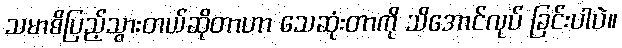
သမာဓိပြည့်သွားတယ်ဆိုတာဟာ သေဆုံးတာကို သိအောင်လုပ် ခြင်းပါပဲ။